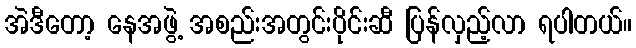
အဲဒီတော့ နေအဖွဲ့ အစည်းအတွင်းပိုင်းဆီ ပြန်လှည့်လာ ရပါတယ်။